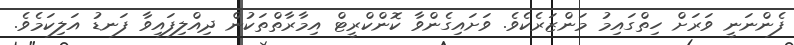
ފެންނަނީ ވަރަށް ހިތްގައިމު މަންޒަރެކެވެ. ވަށައިގެންވާ ކޮންކްރީޓް އިމާރާތްތަކުން ދިއްލިފައިވާ ފަނޑު އަލިކަމެވެ.